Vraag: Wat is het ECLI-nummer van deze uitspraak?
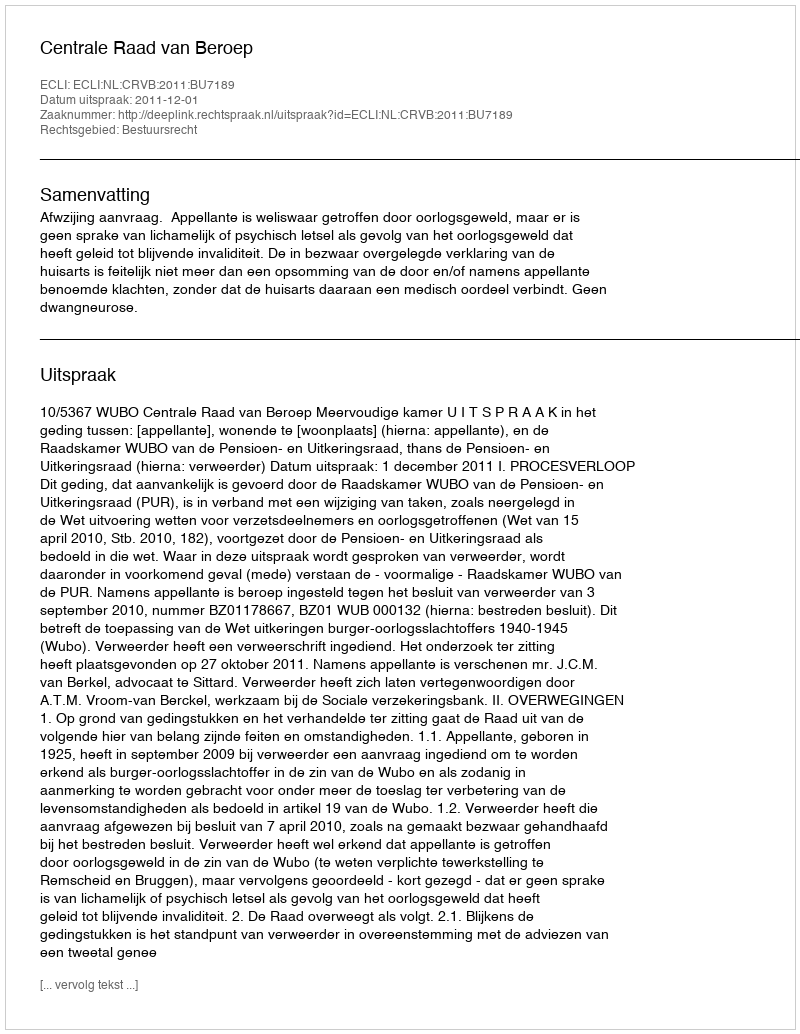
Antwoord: ECLI:NL:CRVB:2011:BU7189